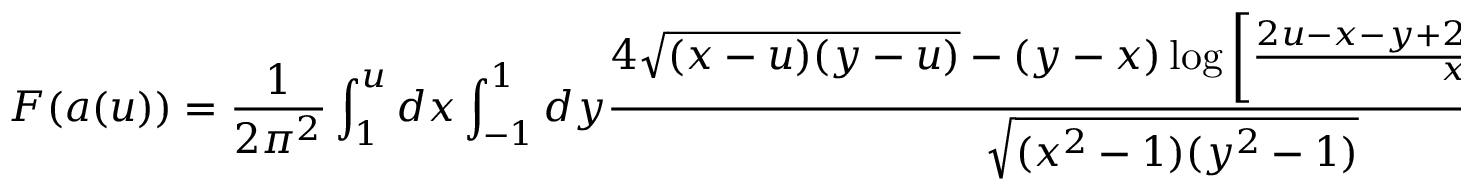
{ \cal F } ( a ( u ) ) = { \frac { 1 } { 2 \pi ^ { 2 } } } \int _ { 1 } ^ { u } d x \int _ { - 1 } ^ { 1 } d y { \frac { 4 \sqrt { ( x - u ) ( y - u ) } - ( y - x ) \log \left[ { \frac { 2 u - x - y + 2 \sqrt { ( u - x ) ( u - y ) } } { x - y } } \right] } { \sqrt { ( x ^ { 2 } - 1 ) ( y ^ { 2 } - 1 ) } } } .